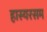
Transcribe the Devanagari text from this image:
हास्यरसम